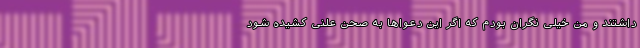
داشتند و من خیلی نگران بودم که اگر این دعواها به صحن علنی کشیده شود